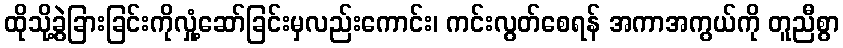
ထိုသို့ခွဲခြားခြင်းကိုလှုံ့ဆော်ခြင်းမှလည်းကောင်း၊ ကင်းလွတ်စေရန် အကာအကွယ်ကို တူညီစွာ